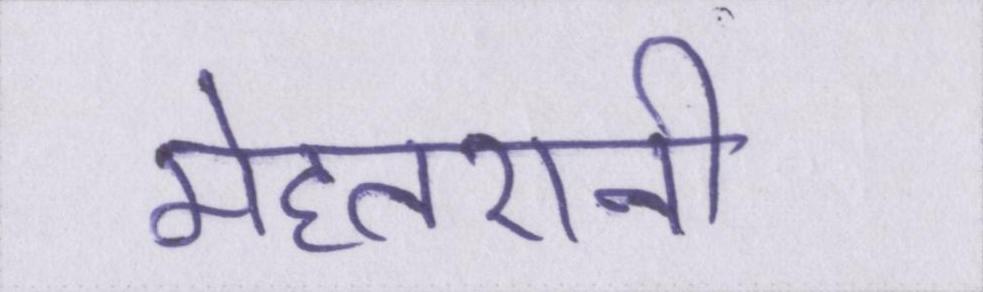
मेहतरानी